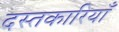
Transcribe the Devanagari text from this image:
दस्तकारियाँ